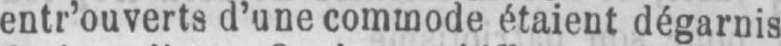
entr’ouverts d’une commode étaient dégarnis